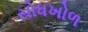
સોધખોળ